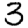
Digit: 3